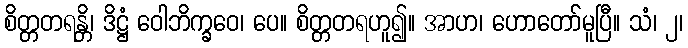
စိတ္တတရန္တိ၊ ဒိဋ္ဌံ ဝေါဘိက္ခဝေ၊ ပေ။ စိတ္တတရဟူ၍။ အာဟ၊ ဟောတော်မူပြီ။ သံ၊ ၂၊